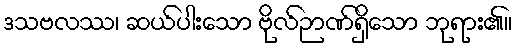
ဒသဗလဿ၊ ဆယ်ပါးသော ဗိုလ်ဉာဏ်ရှိသော ဘုရား၏။